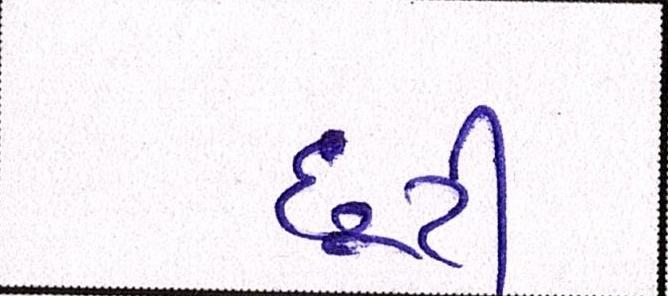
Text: છૂટી